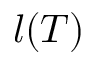
l ( T )